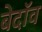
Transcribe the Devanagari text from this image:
बेदॉव